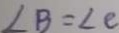
\angle B = \angle e